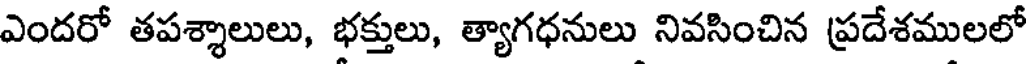
ఎందరో తపశ్శాలులు, భక్తులు, త్యాగధనులు నివసించిన ప్రదేశములలో